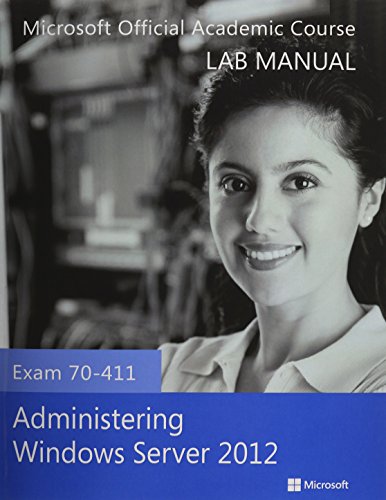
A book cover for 70-411 Administering Windows Server 2012 with Lab Manual Set; Microsoft Official Academic Course; Computers & Technology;